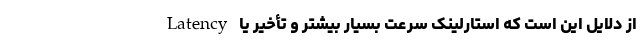
از دلایل این است که استارلینک سرعت بسیار بیشتر و تأخیر یا Latency